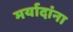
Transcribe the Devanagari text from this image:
मर्यादांना